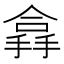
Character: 搻